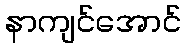
နာကျင်အောင်